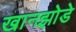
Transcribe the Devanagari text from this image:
खानझोडे